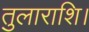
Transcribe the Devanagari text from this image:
तुलाराशि।